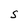
Character: S